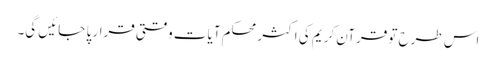
اس طرح تو قرآن کریم کی اکثر محکم آیات وقتی قرار پا جائیں گی۔